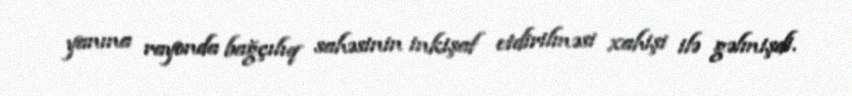
yanına rayonda bağçılıq sahəsinin inkişaf etdirilməsi xahişi ilə gəlmişdi.